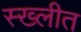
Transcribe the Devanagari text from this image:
स्ख्लीत